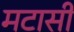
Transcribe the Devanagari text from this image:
मटासी